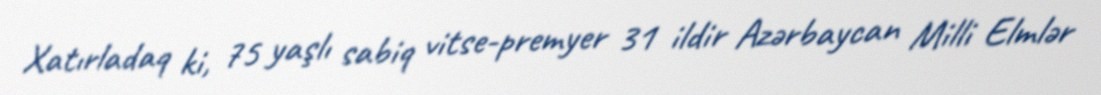
Xatırladaq ki, 75 yaşlı sabiq vitse-premyer 31 ildir Azərbaycan Milli Elmlər